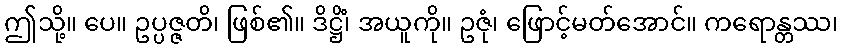
ဤသို့။ ပေ။ ဥပ္ပဇ္ဇတိ၊ ဖြစ်၏။ ဒိဋ္ဌိံ၊ အယူကို။ ဥဇုံ၊ ဖြောင့်မတ်အောင်။ ကရောန္တဿ၊